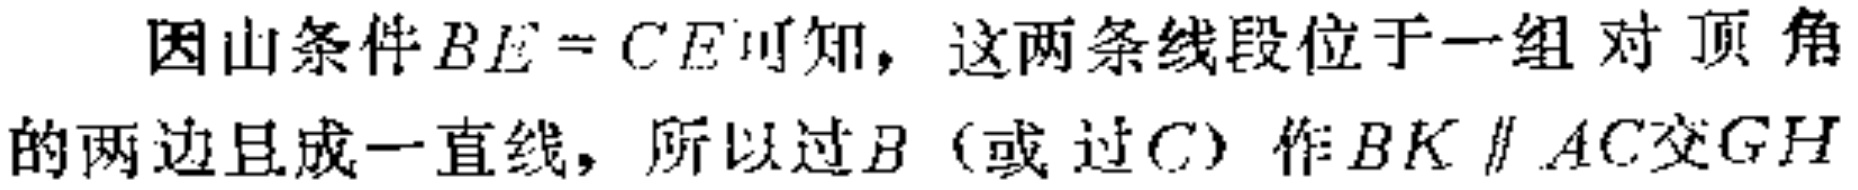
因山条件\(BE = CE\)可知，这两条线段位于一组对顶角的两边且成一直线，所以过\(B\)（或过\(C\)）作\(BK\parallel AC\)交\(GH\)